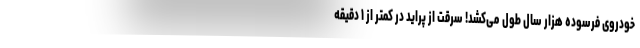
خودروی فرسوده هزار سال طول می‌کشد! سرقت از پراید در کمتر از ۱ دقیقه